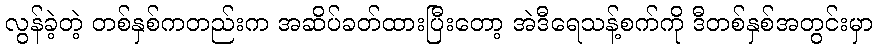
လွန်ခဲ့တဲ့ တစ်နှစ်ကတည်းက အဆိပ်ခတ်ထားပြီးတော့ အဲဒီရေသန့်စက်ကို ဒီတစ်နှစ်အတွင်းမှာ